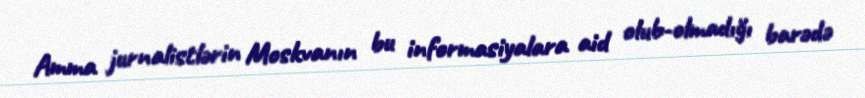
Amma jurnalistlərin Moskvanın bu informasiyalara aid olub-olmadığı barədə